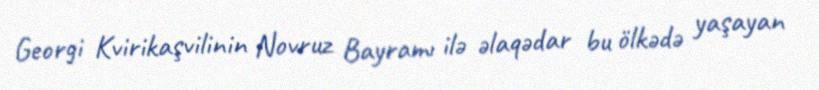
Georgi Kvirikaşvilinin Novruz Bayramı ilə əlaqədar bu ölkədə yaşayan